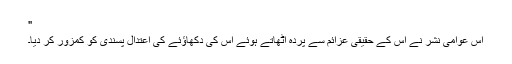
"
اس عوامی نشر نے اس کے حقیقی عزائم سے پردہ اٹھاتے ہوئے اس کی دکھاؤئے کی اعتدال پسندی کو کمزور کر دیا۔